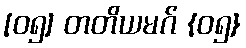
[၀၅] တတိယမဂ် {၀၅}